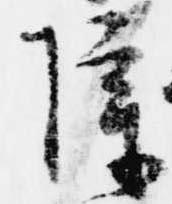
障